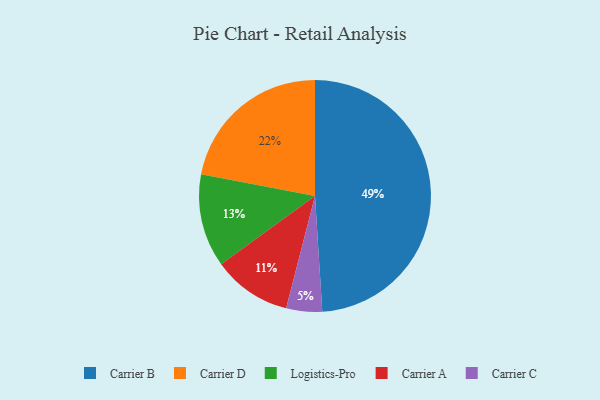
{"axis": {"x": "Category", "y": "Percentage"}, "legend": ["Carrier A", "Carrier B", "Carrier C", "Carrier D", "Logistics-Pro"], "data": [{"x": "Carrier D", "y": 22, "type": "Carrier D"}, {"x": "Carrier C", "y": 5, "type": "Carrier C"}, {"x": "Carrier A", "y": 11, "type": "Carrier A"}, {"x": "Logistics-Pro", "y": 13, "type": "Logistics-Pro"}, {"x": "Carrier B", "y": 49, "type": "Carrier B"}]}